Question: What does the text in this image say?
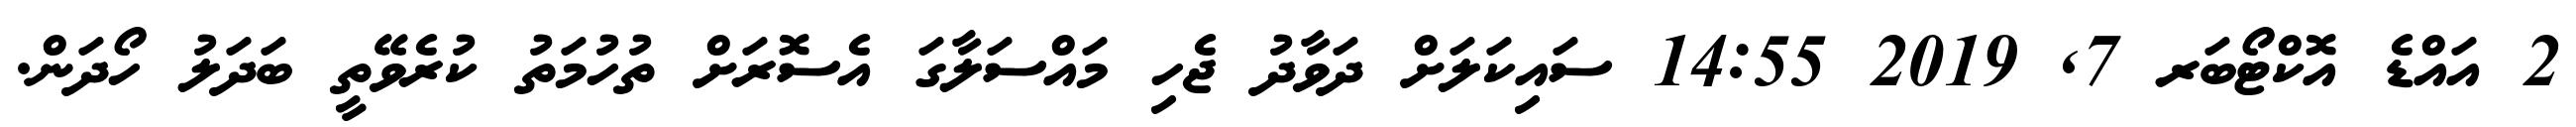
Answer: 2 އައްޑެ އޮކްޓޯބަރ 7, 2019 14:55 ސައިކަލަށް ދަވާދު ޖެހި މައްސަލާގަ އެސޮރަށް ތުހުމަތު ކުރެވޭތީ ބަދަލު ހޯދަން.